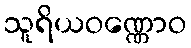
သူရိယဝဏ္ဏောဝ